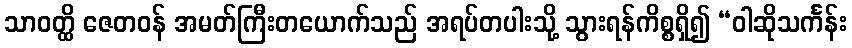
သာဝတ္ထိ ဇေတဝန် အမတ်ကြီးတယောက်သည် အရပ်တပါးသို့ သွားရန်ကိစ္စရှိ၍ “ဝါဆိုသင်္ကန်း